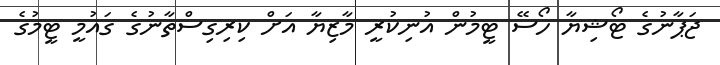
ޖަޕާނުގެ ޓޯޝިޔާ ހޯސޭ ޓީމުން އުނިކުރީ މާޒިޔާ އަށް ކިރިގިސްތާނުގެ ގައުމީ ޓީމުގެ